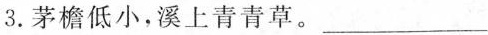
3.茅檐低小，溪上青青草。___